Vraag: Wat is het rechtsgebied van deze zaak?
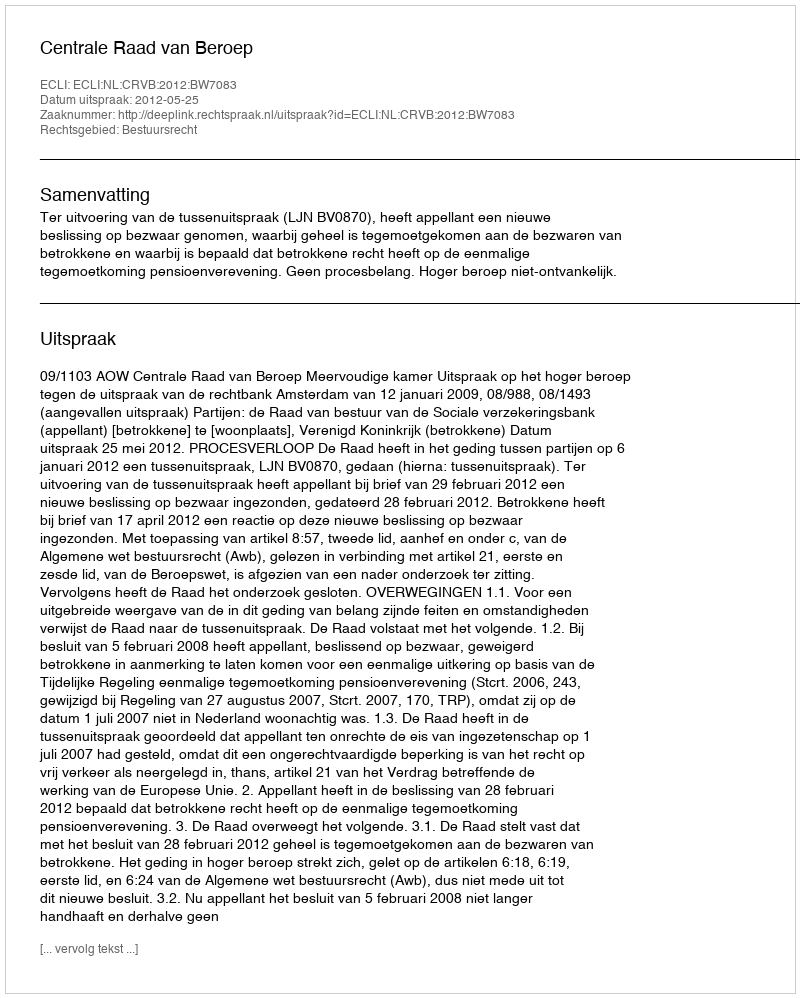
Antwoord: Bestuursrecht